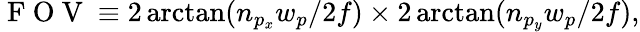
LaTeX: \mathrm{~F~O~V~}\equiv 2\arctan(n_{p_{x}}w_{p}/2f)\times 2\arctan(n_{p_{y}}w_{p}/2f),